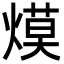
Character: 㷬